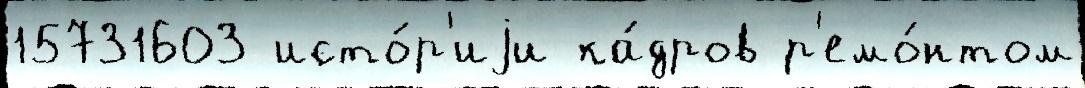
15731603 исто́р'иjи ка́дров р'емо́нтом